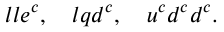
l l e ^ { c } , \quad l q d ^ { c } , \quad u ^ { c } d ^ { c } d ^ { c } .